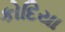
કોદિયા